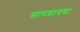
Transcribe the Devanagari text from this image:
सापडायचा